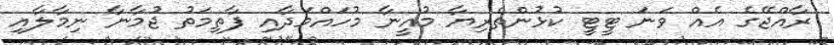
ރާއްޖޭގެ އެއް ވަނަ ޓީޓީ ކުޅުންތެރިޔާ މުއީނާ މުހައްމަދާއި ފާތިމަތު ޖުމާނާ ނިމާލާއި